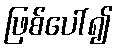
ဖြစ်ပေါ်၍